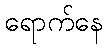
ရောက်နေ